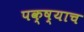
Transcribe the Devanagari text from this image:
पक्ष्याच